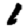
Digit: 1